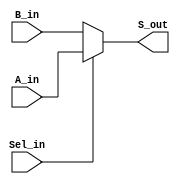
module ModMux(S_out,                             
               A_in,                              
 		      B_in,                                 
 			  Sel_in                                
               ) ;                                
 parameter P_WIDTH     = 64 ;                     
                                                  
 output[P_WIDTH-1:0] S_out ;                      
                                                  
 input [P_WIDTH-1:0] A_in ;                       
 input [P_WIDTH-1:0] B_in ;                       
 input               Sel_in ;                     
                                                  
 	//                                              
 	assign S_out = (Sel_in==1'b1) ? A_in : B_in ;   
 	                                                
 	                                                
 endmodule